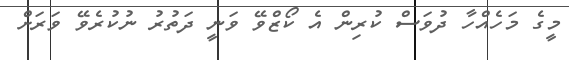
މީގެ މަހެއްހާ ދުވަސް ކުރިން އެ ކޯޒްވޭ ވަނީ ދަތުރު ނުކުރެވޭ ވަރަށް